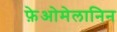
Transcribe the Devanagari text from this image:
फ़ेओमेलानिन